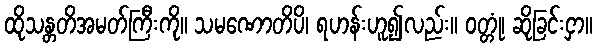
ထိုသန္တတိအမတ်ကြီးကို။ သမဏောတိပိ၊ ရဟန်းဟူ၍လည်း။ ဝတ္တုံ၊ ဆိုခြင်းငှာ။